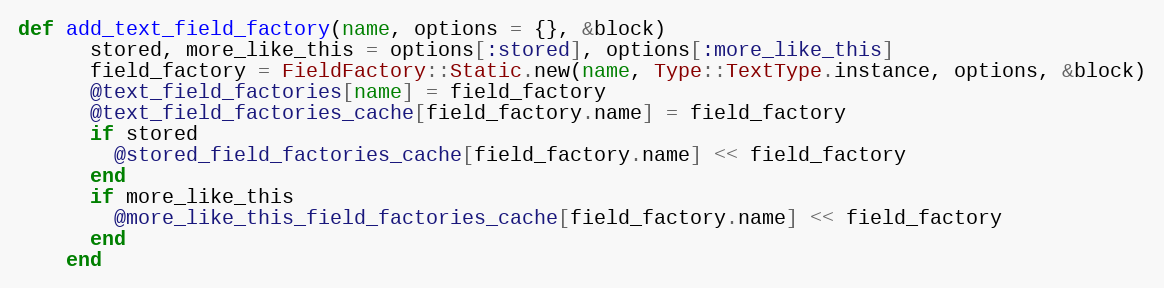
Language: Ruby
def add_text_field_factory(name, options = {}, &block)
      stored, more_like_this = options[:stored], options[:more_like_this]
      field_factory = FieldFactory::Static.new(name, Type::TextType.instance, options, &block)
      @text_field_factories[name] = field_factory
      @text_field_factories_cache[field_factory.name] = field_factory
      if stored
        @stored_field_factories_cache[field_factory.name] << field_factory
      end
      if more_like_this
        @more_like_this_field_factories_cache[field_factory.name] << field_factory
      end
    end